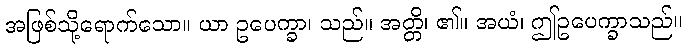
အဖြစ်သို့ရောက်သော။ ယာ ဥပေက္ခာ၊ သည်။ အတ္တိ၊ ၏။ အယံ၊ ဤဥပေက္ခာသည်။